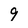
Character: 9